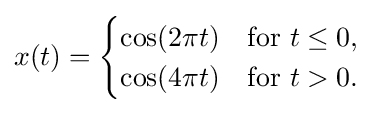
x(t)={\begin{cases}\cos(2\pi t)&{\text{for }}t\leq 0,\\\cos(4\pi t)&{\text{for }}t>0.\end{cases}}